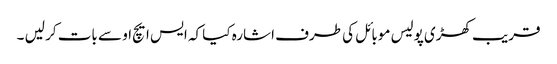
قریب کھڑی پولیس موبائل کی طرف اشارہ کیا کہ ایس ایچ او سے بات کر لیں ۔